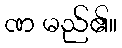
ဏ မည်၏။